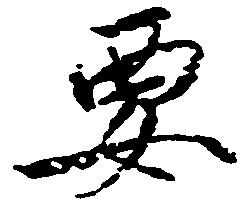
要